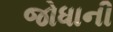
જોધાની